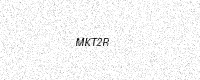
Text: MKT2R